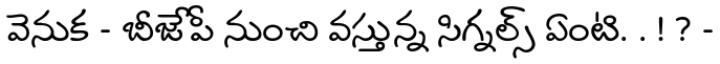
వెనుక - బీజేపీ నుంచి వస్తున్న సిగ్నల్స్ ఏంటి. . ! ? -